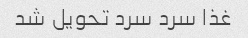
غذا سرد سرد تحویل شد